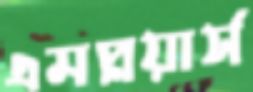
এমপ্লয়ার্স